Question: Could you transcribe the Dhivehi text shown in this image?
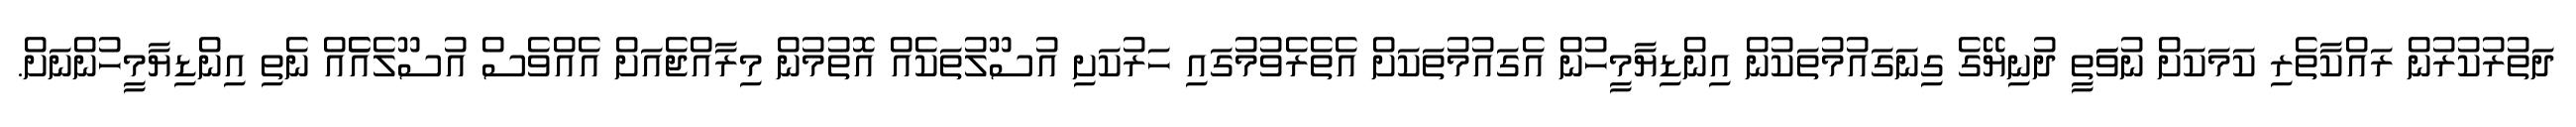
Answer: ދަތުރުކުރުން ރައްކާތެރި ކަމަކަށް ނުވަަތީ ދުނިޔޭގެ ގިނަގައުމުތަކުން އިންޑިޔާމީހުން އެގައުމުތަކަށް އެތެރެވުމުގައި ހަރުކަށި އުސޫލުތަކެއް އޮތުމުން މިރާއްޖެއަށް އެއްވެސް އުސޫލެއެެއް ނެތި އިންޑިޔާމީހުންނަށް.